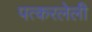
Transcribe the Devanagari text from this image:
पत्करलेली